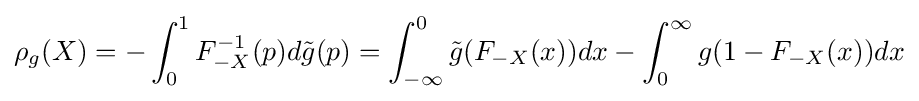
\rho _{g}(X)=-\int _{0}^{1}F_{-X}^{-1}(p)d{\tilde {g}}(p)=\int _{-\infty }^{0}{\tilde {g}}(F_{-X}(x))dx-\int _{0}^{\infty }g(1-F_{-X}(x))dx